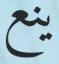
ينع